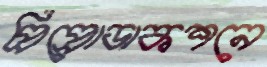
প্রিপ্রোডাকশনে